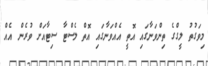
މިވަގުތު ލީގްގެ ތިންވަނާގައި އޮތީ އެއްވަނާގައި އޮތް ލެސްޓާ ސިޓާއަށް ވުރެން އެއް